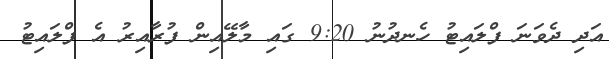
އަދި ދެވަނަ ފްލައިޓު ހެނދުނު 9:20 ގައި މާލޭއިން ފުރާއިރު އެ ފްލައިޓު